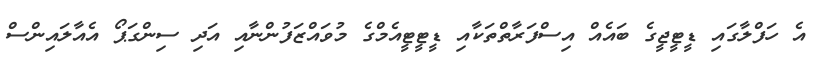
އެ ހަފްލާގައި ޑީޓީޖީގެ ބައެއް އިސްފަރާތްތަކާއި ޑީޓީޓީއެމްގެ މުވައްޒަފުންނާއި އަދި ސިންގަޕޯ އެއާލައިންސް